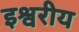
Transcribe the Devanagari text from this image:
इश्वरीय